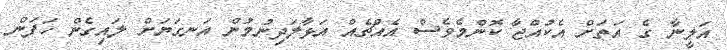
އަލީނާ ގެ އަތަށް އެކުއްޖާ ކޮންމެވެސް އެއްޗެއް އަޅާލަދިނުމުން އަނގަޔަށް ލައިގެން ހަފަން